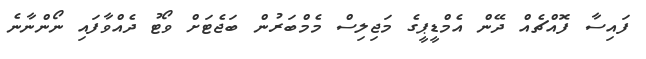
ފައިސާ ފޮއްޗެއް ދޭން އެމްޑީޕީގެ މަޖިލިސް މެމްބަރުން ބަޖެޓަށް ވޯޓު ދެއްވާފައި ނޯންނާނެ